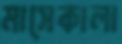
মাসেকালা